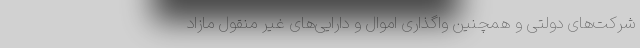
شرکت‌های دولتی و همچنین واگذاری اموال و دارایی‌های غیر منقول مازاد